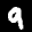
Label: 9